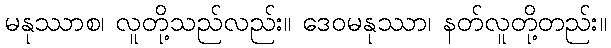
မနုဿာစ၊ လူတို့သည်လည်း။ ဒေဝမနုဿာ၊ နတ်လူတို့တည်း။